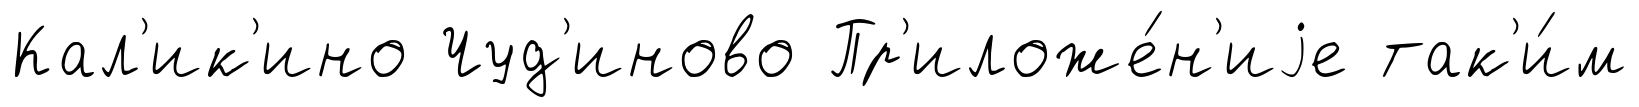
Кал'ик'ино Чуд'иново Пр'иложе́н'иjе так'и́м